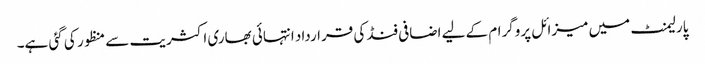
پارلیمنٹ میں میزائل پروگرام کے لیے اضافی فنڈ کی قرارداد انتہائی بھاری اکثریت سے منظور کی گئی ہے۔